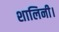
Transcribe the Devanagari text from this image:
शालिनी।